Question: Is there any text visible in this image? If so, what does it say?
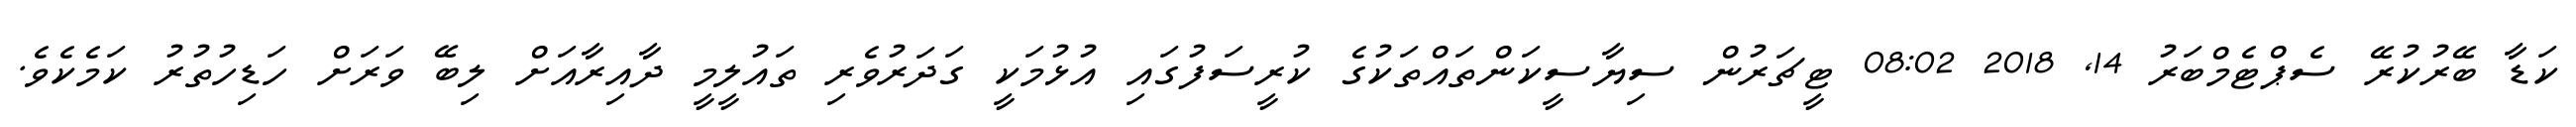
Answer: ކަޑާ ބޭރުކުރޭ ސެޕްޓެމްބަރު 14, 2018 08:02 ޓީޗަރުން ސިޔާސީކަންތައްތަކުގެ ކުރީސަފުގައި އުޅުމަކީ ގަދަރުވެރި ތައުލީމީ ދާއިރާއަށް ލިބޭ ވަރަށް ހަޑިހުތުރު ކަމެކެވެ.